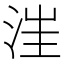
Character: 𣳫